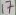
Text: 17